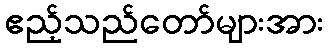
ဧည့်သည်တော်များအား